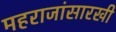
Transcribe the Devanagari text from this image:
महराजांसारखी